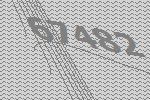
67482